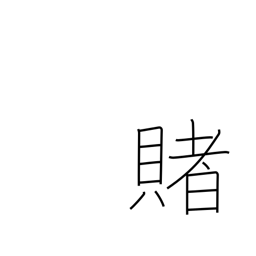
Meaning: wager